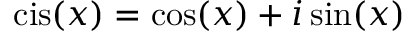
\operatorname { c i s } ( x ) = \cos ( x ) + i \sin ( x )